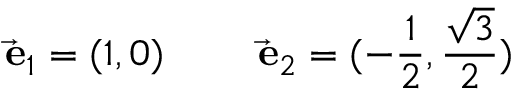
\vec { \mathrm { \bf ~ e } } _ { 1 } = ( 1 , 0 ) \qquad \vec { \mathrm { \bf ~ e } } _ { 2 } = ( - { \frac { 1 } { 2 } } , { \frac { \sqrt { 3 } } { 2 } } )